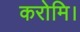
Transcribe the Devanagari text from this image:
करोमि।